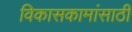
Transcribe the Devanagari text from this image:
विकासकामांसाठी